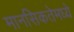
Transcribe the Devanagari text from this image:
मानसिकतेमध्ये